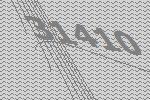
31410